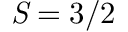
\mathit { S } \phantom { \rule { 0 ex } { 0 ex } } = \phantom { \rule { 0 ex } { 0 ex } } 3 / 2